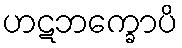
ဟဋဘက္ခောပိ